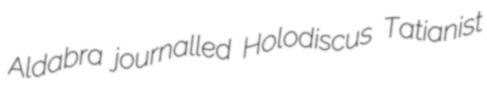
Aldabra journalled Holodiscus Tatianist